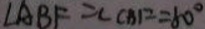
\angle A B F = \angle C B F = 6 0 ^ { \circ }